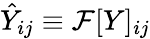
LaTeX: \hat{Y}_{ij}\equiv\mathcal{F}[Y]_{ij}